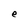
Character: e